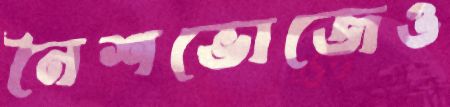
নৈশভোজেও